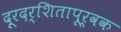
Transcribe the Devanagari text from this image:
दूरदर्शितापूर्वक